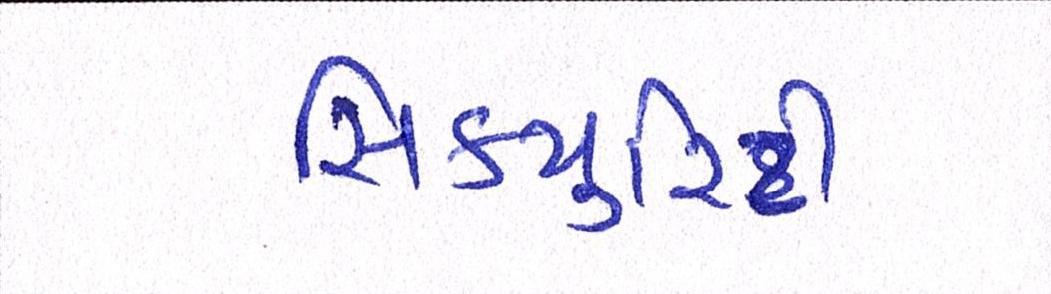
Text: સિકયુરિટી